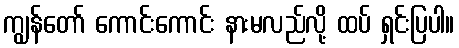
ကျွန်တော် ကောင်းကောင်း နားမလည်လို့ ထပ် ရှင်းပြပါ။